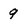
Character: q